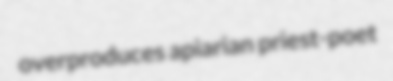
overproduces apiarian priest-poet